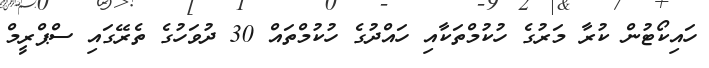
ހައިކޯޓުން ކުރާ މަރުގެ ހުކުމްތަކާއި ހައްދުގެ ހުކުމްތައް 30 ދުވަހުގެ ތެރޭގައި ސްޕްރީމް